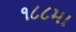
૧૮૮મા